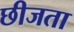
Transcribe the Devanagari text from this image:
छीजता